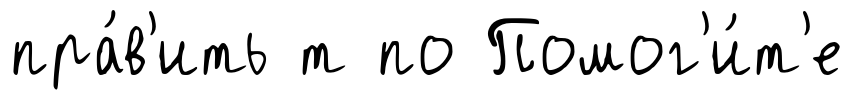
пра́в'ить т по Помог'и́т'е